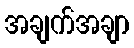
အချက်အချာ